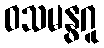
ဝသမနွဂူ